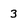
Character: 3